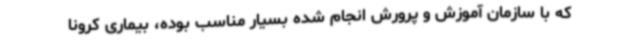
که با سازمان آموزش و پرورش انجام شده بسیار مناسب بوده، بیماری کرونا